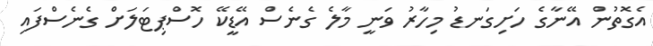
އެގޮތުން އޭނާގެ ހަށިގަނޑު މިހާރު ވަނީ މާލެ ގެނެސް އޭޑީކޭ ހޮސްޕިޓަލަށް ގެނެސްފައި